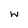
Character: w